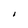
Character: I